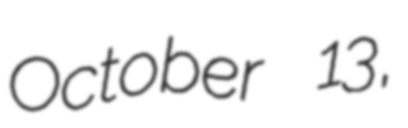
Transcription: October 13,